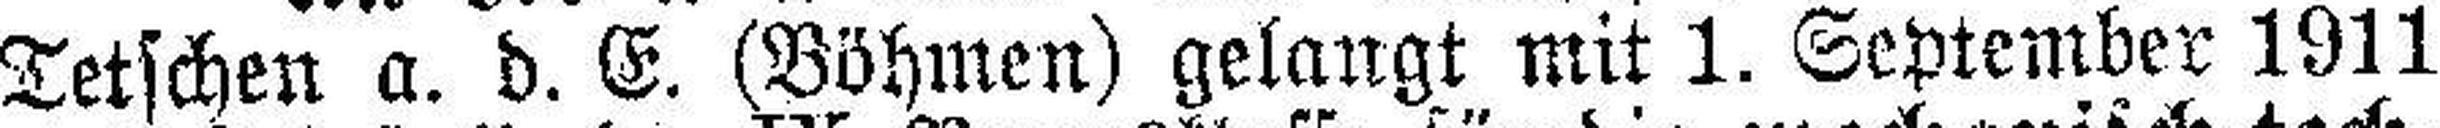
Tetschen a. d. E. (Böhmen) gelangt mit 1. September 1911